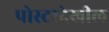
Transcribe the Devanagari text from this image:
पोस्टरदेखील